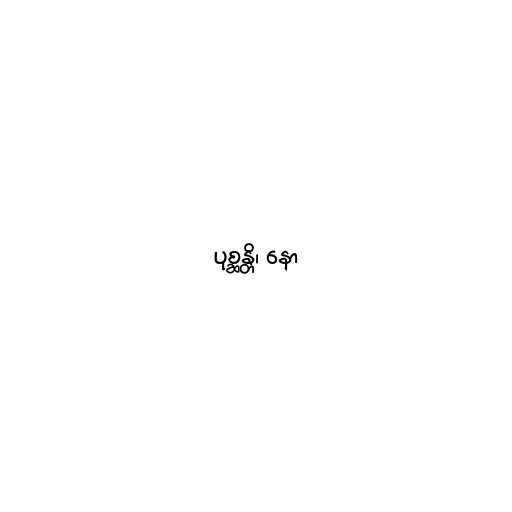
ပုစ္ဆန္တိ၊ နော